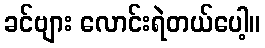
ခင်ဗျား လောင်းရဲတယ်ပေါ့။